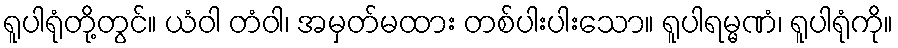
ရူပါရုံတို့တွင်။ ယံဝါ တံဝါ၊ အမှတ်မထား တစ်ပါးပါးသော။ ရူပါရမ္မဏံ၊ ရူပါရုံကို။